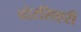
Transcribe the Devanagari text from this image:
बोरसिएरी